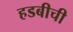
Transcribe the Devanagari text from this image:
हडबीची